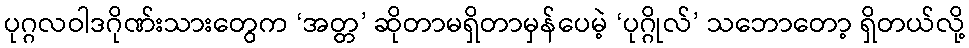
ပုဂ္ဂလဝါဒဂိုဏ်းသားတွေက ‘အတ္တ’ ဆိုတာမရှိတာမှန်ပေမဲ့ ‘ပုဂ္ဂိုလ်’ သဘောတော့ ရှိတယ်လို့